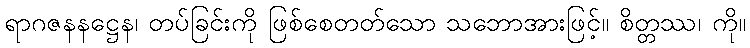
ရာဂဇနနဋ္ဌေန၊ တပ်ခြင်းကို ဖြစ်စေတတ်သော သဘောအားဖြင့်။ စိတ္တဿ၊ ကို။